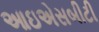
આઇએસબીટી